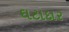
ઘટાદાર